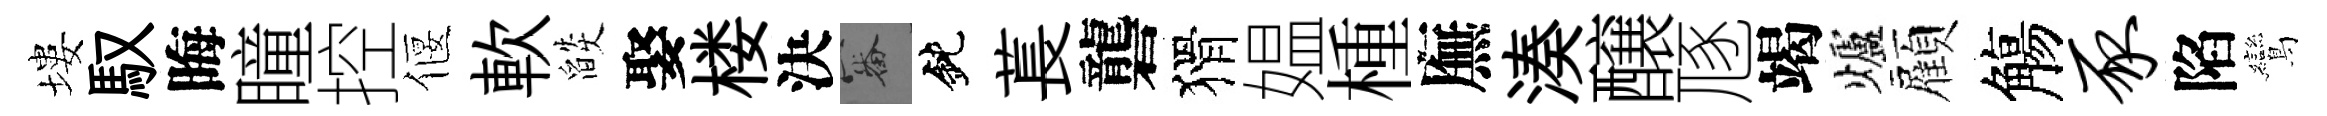
塿馭晦瞳控偃軟燄娶楼決審鈍萇礱猾媪㮔廡湊醸豗竭爐顏觴豕陷鸞